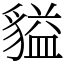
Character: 貖